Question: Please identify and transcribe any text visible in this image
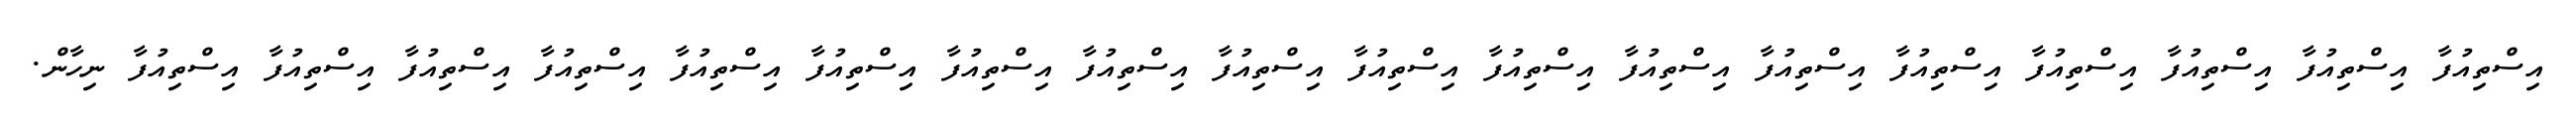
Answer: އިސްތިއުފާ އިސްތިއުފާ އިސްތިއުފާ އިސްތިއުފާ އިސްތިއުފާ އިސްތިއުފާ އިސްތިއުފާ އިސްތިއުފާ އިސްތިއުފާ އިސްތިއުފާ އިސްތިއުފާ އިސްތިއުފާ އިސްތިއުފާ އިސްތިއުފާ އިސްތިއުފާ އިސްތިއުފާ އިސްތިއުފާ އިސްތިއުފާ ނިހާން.